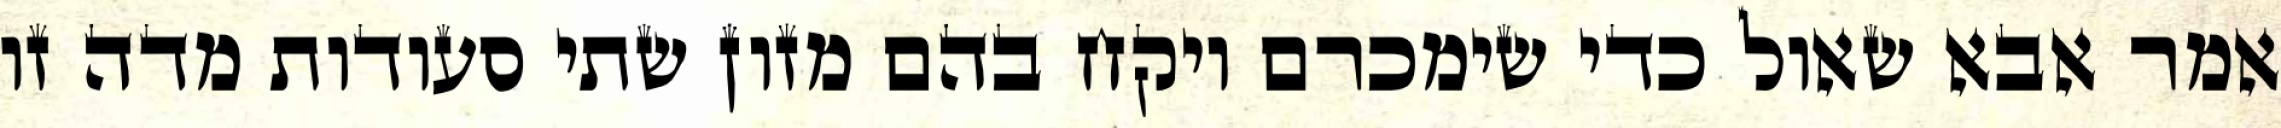
אמר אבא שאול כדי שימכרם ויקח בהם מזון שתי סעודות מדה זו